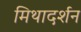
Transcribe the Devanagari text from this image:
मिथादर्शन